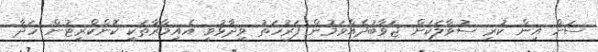
ސަން އިން ކުރި ސުވާލަކަށް ޖަވާބުދެއްވަމުން ފަރުހަތު ވިދާޅުވީ އެއިމާރާތަކީ ކޮންކްރީޓުން ހަދާ